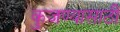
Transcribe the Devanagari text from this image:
कुजण्यासाठी